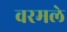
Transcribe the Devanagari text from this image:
वरमले